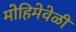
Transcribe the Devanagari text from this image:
मोहिमेवेळी